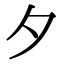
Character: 夕